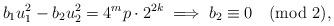
LaTeX: \begin{align*} b_{1}u_{1}^{2} - b_{2}u_{2}^{2} = 4^{m}p\cdot 2^{2k} \implies b_{2} \equiv 0 \pmod 2,\end{align*}